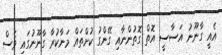
އެއީ ގާނޫނު އަސާސީ އޮތް ގޮތުންނާއި ގޭންގު ކުށްތައް މަނާކުރާ ގާނޫނުގައި ވެސް